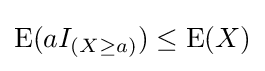
\operatorname {E} (aI_{(X\geq a)})\leq \operatorname {E} (X)